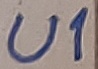
Text: U1